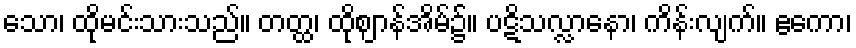
သော၊ ထိုမင်းသားသည်။ တတ္ထ၊ ထိုဈာန်အိမ်၌။ ပဋိသလ္လာနော၊ ကိန်းလျက်။ ဧကော၊